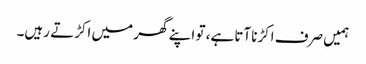
ہمیں صرف اکڑناآتا ہے، تو اپنے گھر میں اکڑتے رہیں۔